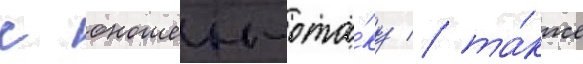
с юношеи-ота́ку / та́кже